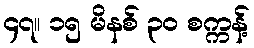
၄၇။ ၁၅ မိနစ် ၃၀ စက္ကန့်